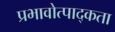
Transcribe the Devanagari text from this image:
प्रभावोत्पाद्कता